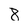
Character: 8